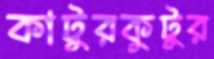
কাটুরকুটুর